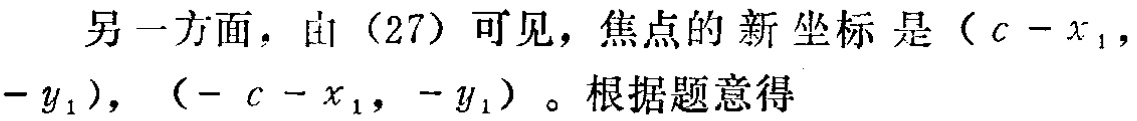
另一方面，由（27）可见，焦点的新坐标是\((c - x_1, -y_1)\)，\((-c - x_1, -y_1)\)。根据题意得